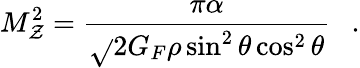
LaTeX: M_{\mathcal{Z}}^{2}=\frac{{\pi\alpha}}{{\sqrt{}{{2}}G_{F}\rho\sin^{2}\theta\cos^{2}\theta}}~~~.